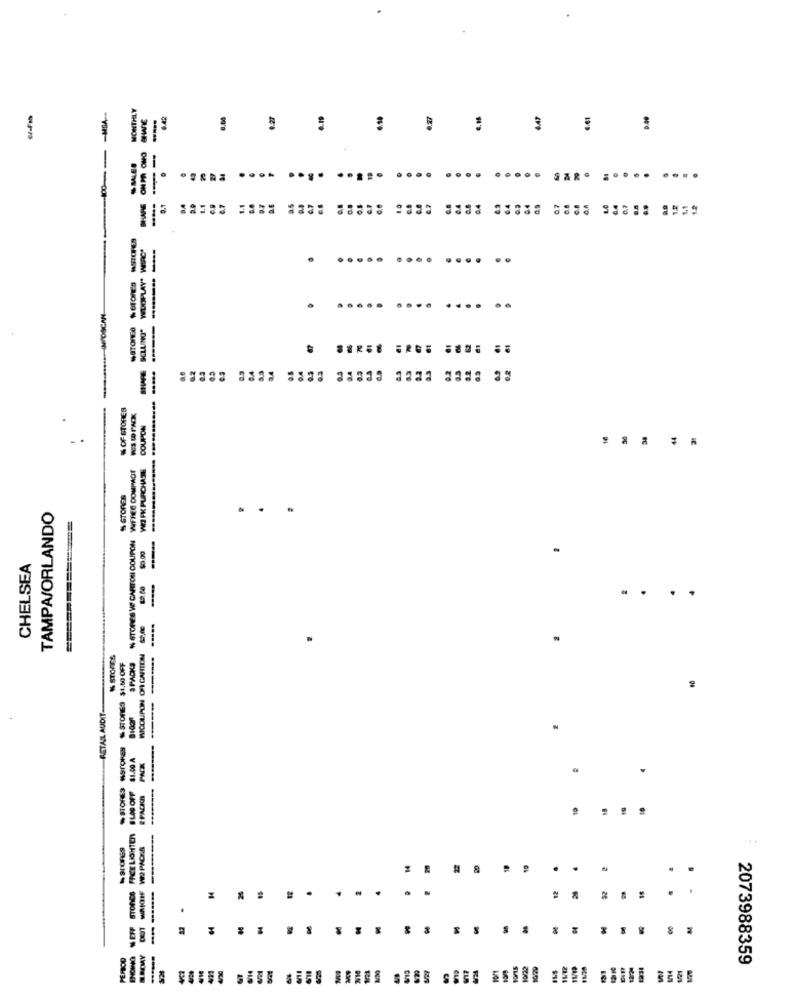
MONTHLY
4.27
6.19
6.50
447
ONPA OMO
SALES
--
.
....
..
SHARE
SCLUNG" WDOPLAY" WIRC"
-
..
MOTORES $ETONE'S
------
..... ....
.... ..
0.2
0.0
% OF STORES
COUPON
.....
S PACKS % STORESW CARTON COUPON WFREE DOMPAGE
W2 PK PURCHASE
------
% STORER
TAMPA/ORLANDO
...
$0.00
CHELSEA
-
....
WICOUPON OF CARTON $2,00
% STORES
STORE3 MSTOKES STORES $1.00 OFF
10
RETAIL AUDIT
$1.00 A
PACK
BLOD OFF
# PACKA
. ...
NEFF STONES FREELIGHTEN
----- ---
VI2 PACKA
2
8
.
12
.
.
PEROO
29
10/29
LS
11/12
2073988359
NM